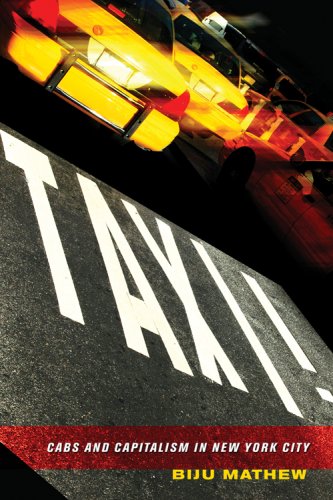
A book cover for Taxi!: Cabs and Capitalism in New York City; Biju Mathew; Engineering & Transportation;